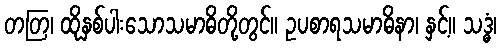
တတြ၊ ထိုနှစ်ပါးသောသမာဓိတို့တွင်။ ဥပစာရသမာဓိနာ၊ နှင့်။ သဒ္ဓံ၊